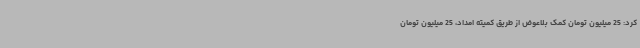
کرد: 25 میلیون تومان کمک بلاعوض از طریق کمیته امداد، 25 میلیون تومان